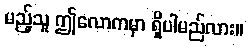
မည့်သူ ဤလောကမှာ ရှိပါမည်လား။